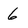
Character: 6